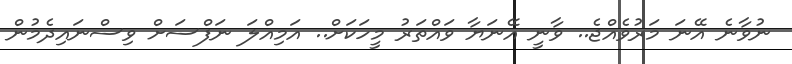
ނުވާނެ އޭނަ މަރުވެއްޖެ.. ވާނީ އޭނަޔާ ވައްތަރު މީހަކަށް.. އަމިއްލަ ނަފްސަށް ވިސްނައިދެމުން